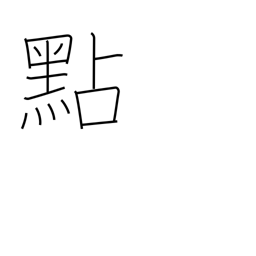
Meaning: decimal pt